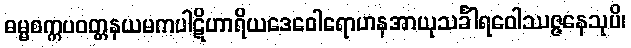
ဓမ္မစက္ကပဝတ္တနယမကပါဋိဟာရိယဒေဝေါရောဟနအာယုသင်္ခါရဝေါဿဇ္ဇနေသုပိ၊